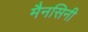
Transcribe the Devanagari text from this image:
मैनसिनी